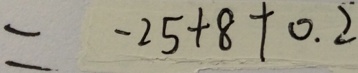
= - 2 5 + 8 + 0 . 2